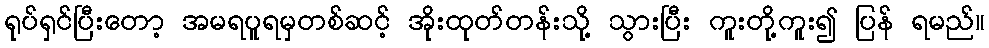
ရုပ်ရှင်ပြီးတော့ အမရပူရမှတစ်ဆင့် အိုးထုတ်တန်းသို့ သွားပြီး ကူးတို့ကူး၍ ပြန် ရမည်။